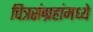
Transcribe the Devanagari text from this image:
चित्रसंग्रहांमध्ये